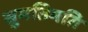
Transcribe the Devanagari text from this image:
सुमतिमति